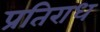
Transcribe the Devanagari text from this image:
प्रतिराध